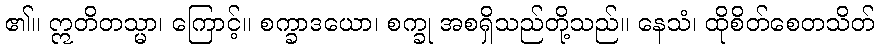
၏။ ဣတိတသ္မာ၊ ကြောင့်။ စက္ခာဒယော၊ စက္ခု အစရှိသည်တို့သည်။ နေသံ၊ ထိုစိတ်စေတသိတ်